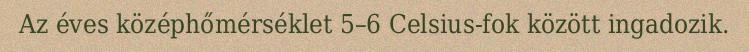
Az éves középhőmérséklet 5–6 Celsius-fok között ingadozik.